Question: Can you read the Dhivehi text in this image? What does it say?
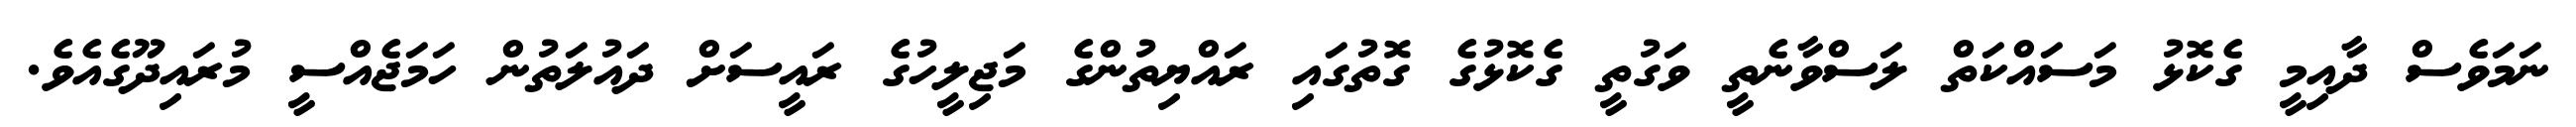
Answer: ނަމަވެސް ދާއިމީ ގެކޮޅު މަސައްކަތް ލަސްވާނެތީ ވަގުތީ ގެކޮޅުގެ ގޮތުގައި ރައްޔިތުންގެ މަޖިލީހުގެ ރައީސަށް ދައުލަތުން ހަމަޖެއްސީ މުރައިދޫގެއެވެ.